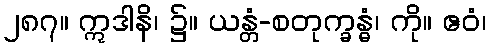
၂၈၇။ ဣဒါနိ၊ ၌။ ယန္တံ-စတုက္ခန္ဓံ၊ ကို။ ဧဝံ၊